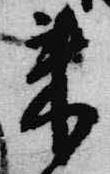
来